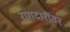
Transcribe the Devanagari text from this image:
रागदारींवर